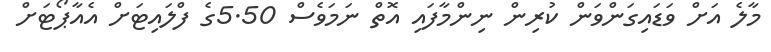
މާލެ އަށް ވަޑައިގަންވަން ކުރިން ނިންމާފައި އޮތް ނަމަވެސް 5.50ގެ ފްލައިޓަށް އެއާޕޯޓަށް